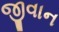
જીવાન